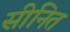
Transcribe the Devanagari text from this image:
सीनित